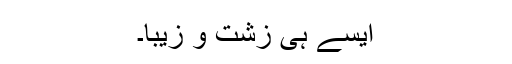
ایسے ہی زشت و زیبا۔